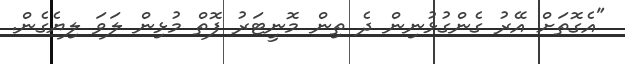
"އެގޮތަށް އޭރު ގެންގުޅުނިން ދެ ތިން މޮނީޓަރު ފޮތް މުޅިން ލަވަ ލިޔެގެން.